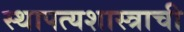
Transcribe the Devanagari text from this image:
स्थापत्यशास्त्राची